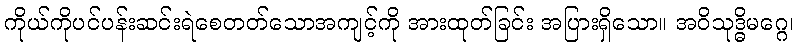
ကိုယ်ကိုပင်ပန်းဆင်းရဲစေတတ်သောအကျင့်ကို အားထုတ်ခြင်း အပြားရှိသော။ အဝိသုဒ္ဓိမဂ္ဂေ၊